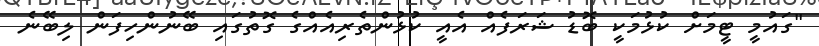
"ގައުމީ ޓީމަށް ކުޅުމަކީ ބޮޑު ޝަރަފެއް އެއީ ކުޅުންތެރިއެއްގެ ގޮތުގައި ބޭނުންހިފަން ލިބޭނެ